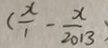
( \frac { x } { 1 } - \frac { x } { 2 0 1 3 } )